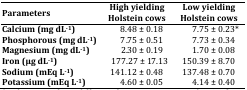
| Parameters | High yielding Holstein cows | Low yielding Holstein cows |
 | --- | --- | --- |
 | Calcium (mg dL-1) | 8.48 ± 0.18 | 7.75 ± 0.23* |
 | Phosphorous (mg dL-1) | 7.75 ± 0.51 | 7.73 ± 0.34 |
 | Magnesium (mg dL-1) | 2.30 ± 0.19 | 1.70 ± 0.08 |
 | Iron (μg dL-1) | 177.27 ± 17.13 | 150.39 ± 8.70 |
 | Sodium (mEq L-1) | 141.12 ± 0.48 | 137.48 ± 0.70 |
 | Potassium (mEq L-1) | 4.60 ± 0.05 | 4.14 ± 0.40 |